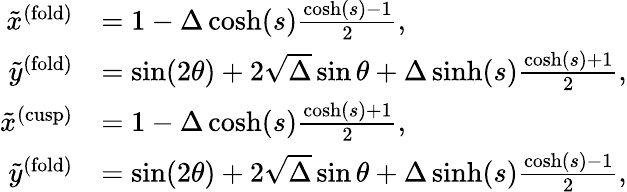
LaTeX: \begin{array}{rl}{\tilde{x}^{\mathrm{(fold)}}}&{=1-\Delta\cosh(s)\frac{\cosh(s)-1}{2},}\\ {\tilde{y}^{\mathrm{(fold)}}}&{=\sin(2\theta)+2\sqrt{\Delta}\sin\theta+\Delta\sinh(s)\frac{\cosh(s)+1}{2},}\\ {\tilde{x}^{\mathrm{(cusp)}}}&{=1-\Delta\cosh(s)\frac{\cosh(s)+1}{2},}\\ {\tilde{y}^{\mathrm{(fold)}}}&{=\sin(2\theta)+2\sqrt{\Delta}\sin\theta+\Delta\sinh(s)\frac{\cosh(s)-1}{2},}\end{array}